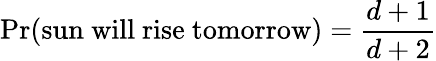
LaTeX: \operatorname*{Pr}({\mathrm{sun~will~rise~tomorrow}})={\frac{d+1}{d+2}}